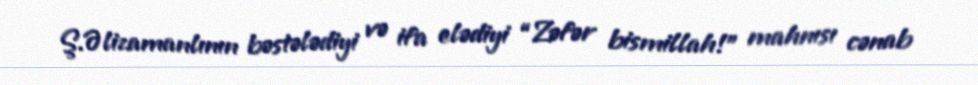
Ş.Əlizamanlının bəstələdiyi və ifa elədiyi “Zəfər bismillah!” mahnısı cənab